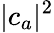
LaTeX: |c_{a}|^{2}